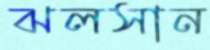
ঝলসান